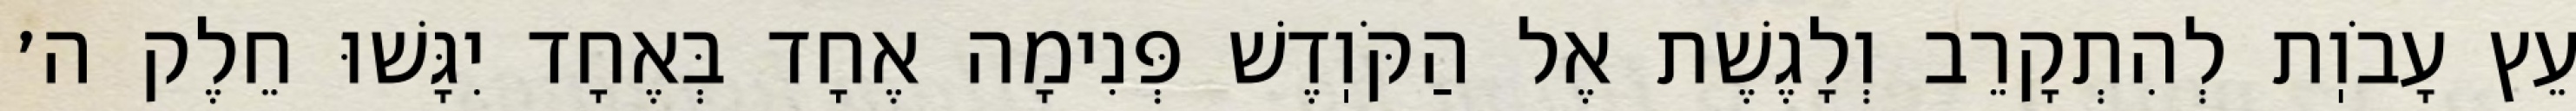
עֵץ עָבֹוֽת לְהִתְקָרֵב וְלָגֶשֶׁת אֶל הַקֹּוֽדֶשׁ פְּנִימָה אֶחָד בְּאֶחָד יִגָּשׁוּ חֵלֶק ה׳